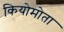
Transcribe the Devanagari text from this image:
कियोमोता